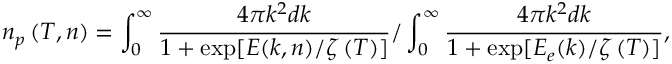
{ n _ { p } } \left( { T , n } \right) = \int _ { 0 } ^ { \infty } { \frac { { 4 \pi { k ^ { 2 } } d k } } { { 1 + \exp [ E ( k , n ) / \zeta \left( T \right) ] } } } / \int _ { 0 } ^ { \infty } { \frac { { 4 \pi { k ^ { 2 } } d k } } { { 1 + \exp [ { E _ { e } } ( k ) / \zeta \left( T \right) ] } } } ,